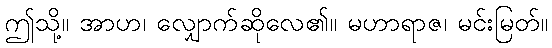
ဤသို့။ အာဟ၊ လျှောက်ဆိုလေ၏။ မဟာရာဇ၊ မင်းမြတ်။